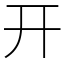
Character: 开